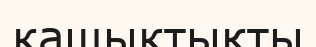
кашыктықты